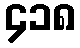
၄၁၈